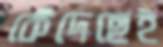
কেঁদেছেই